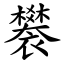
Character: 䙪